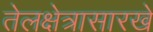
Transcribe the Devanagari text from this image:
तेलक्षेत्रासारखे